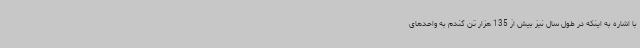
با اشاره به اینکه در طول سال نیز بیش از 135 هزار تن گندم به واحدهای